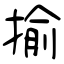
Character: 揄